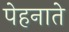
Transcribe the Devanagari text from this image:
पेहनाते